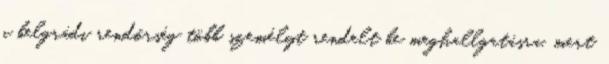
a belgrádi rendőrség több személyt rendelt be meghallgatásra, mert